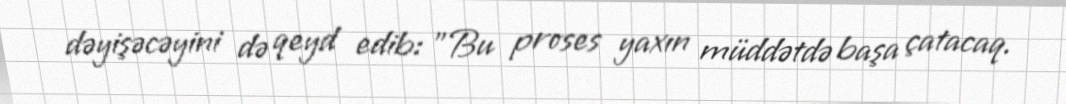
dəyişəcəyini də qeyd edib: "Bu proses yaxın müddətdə başa çatacaq.